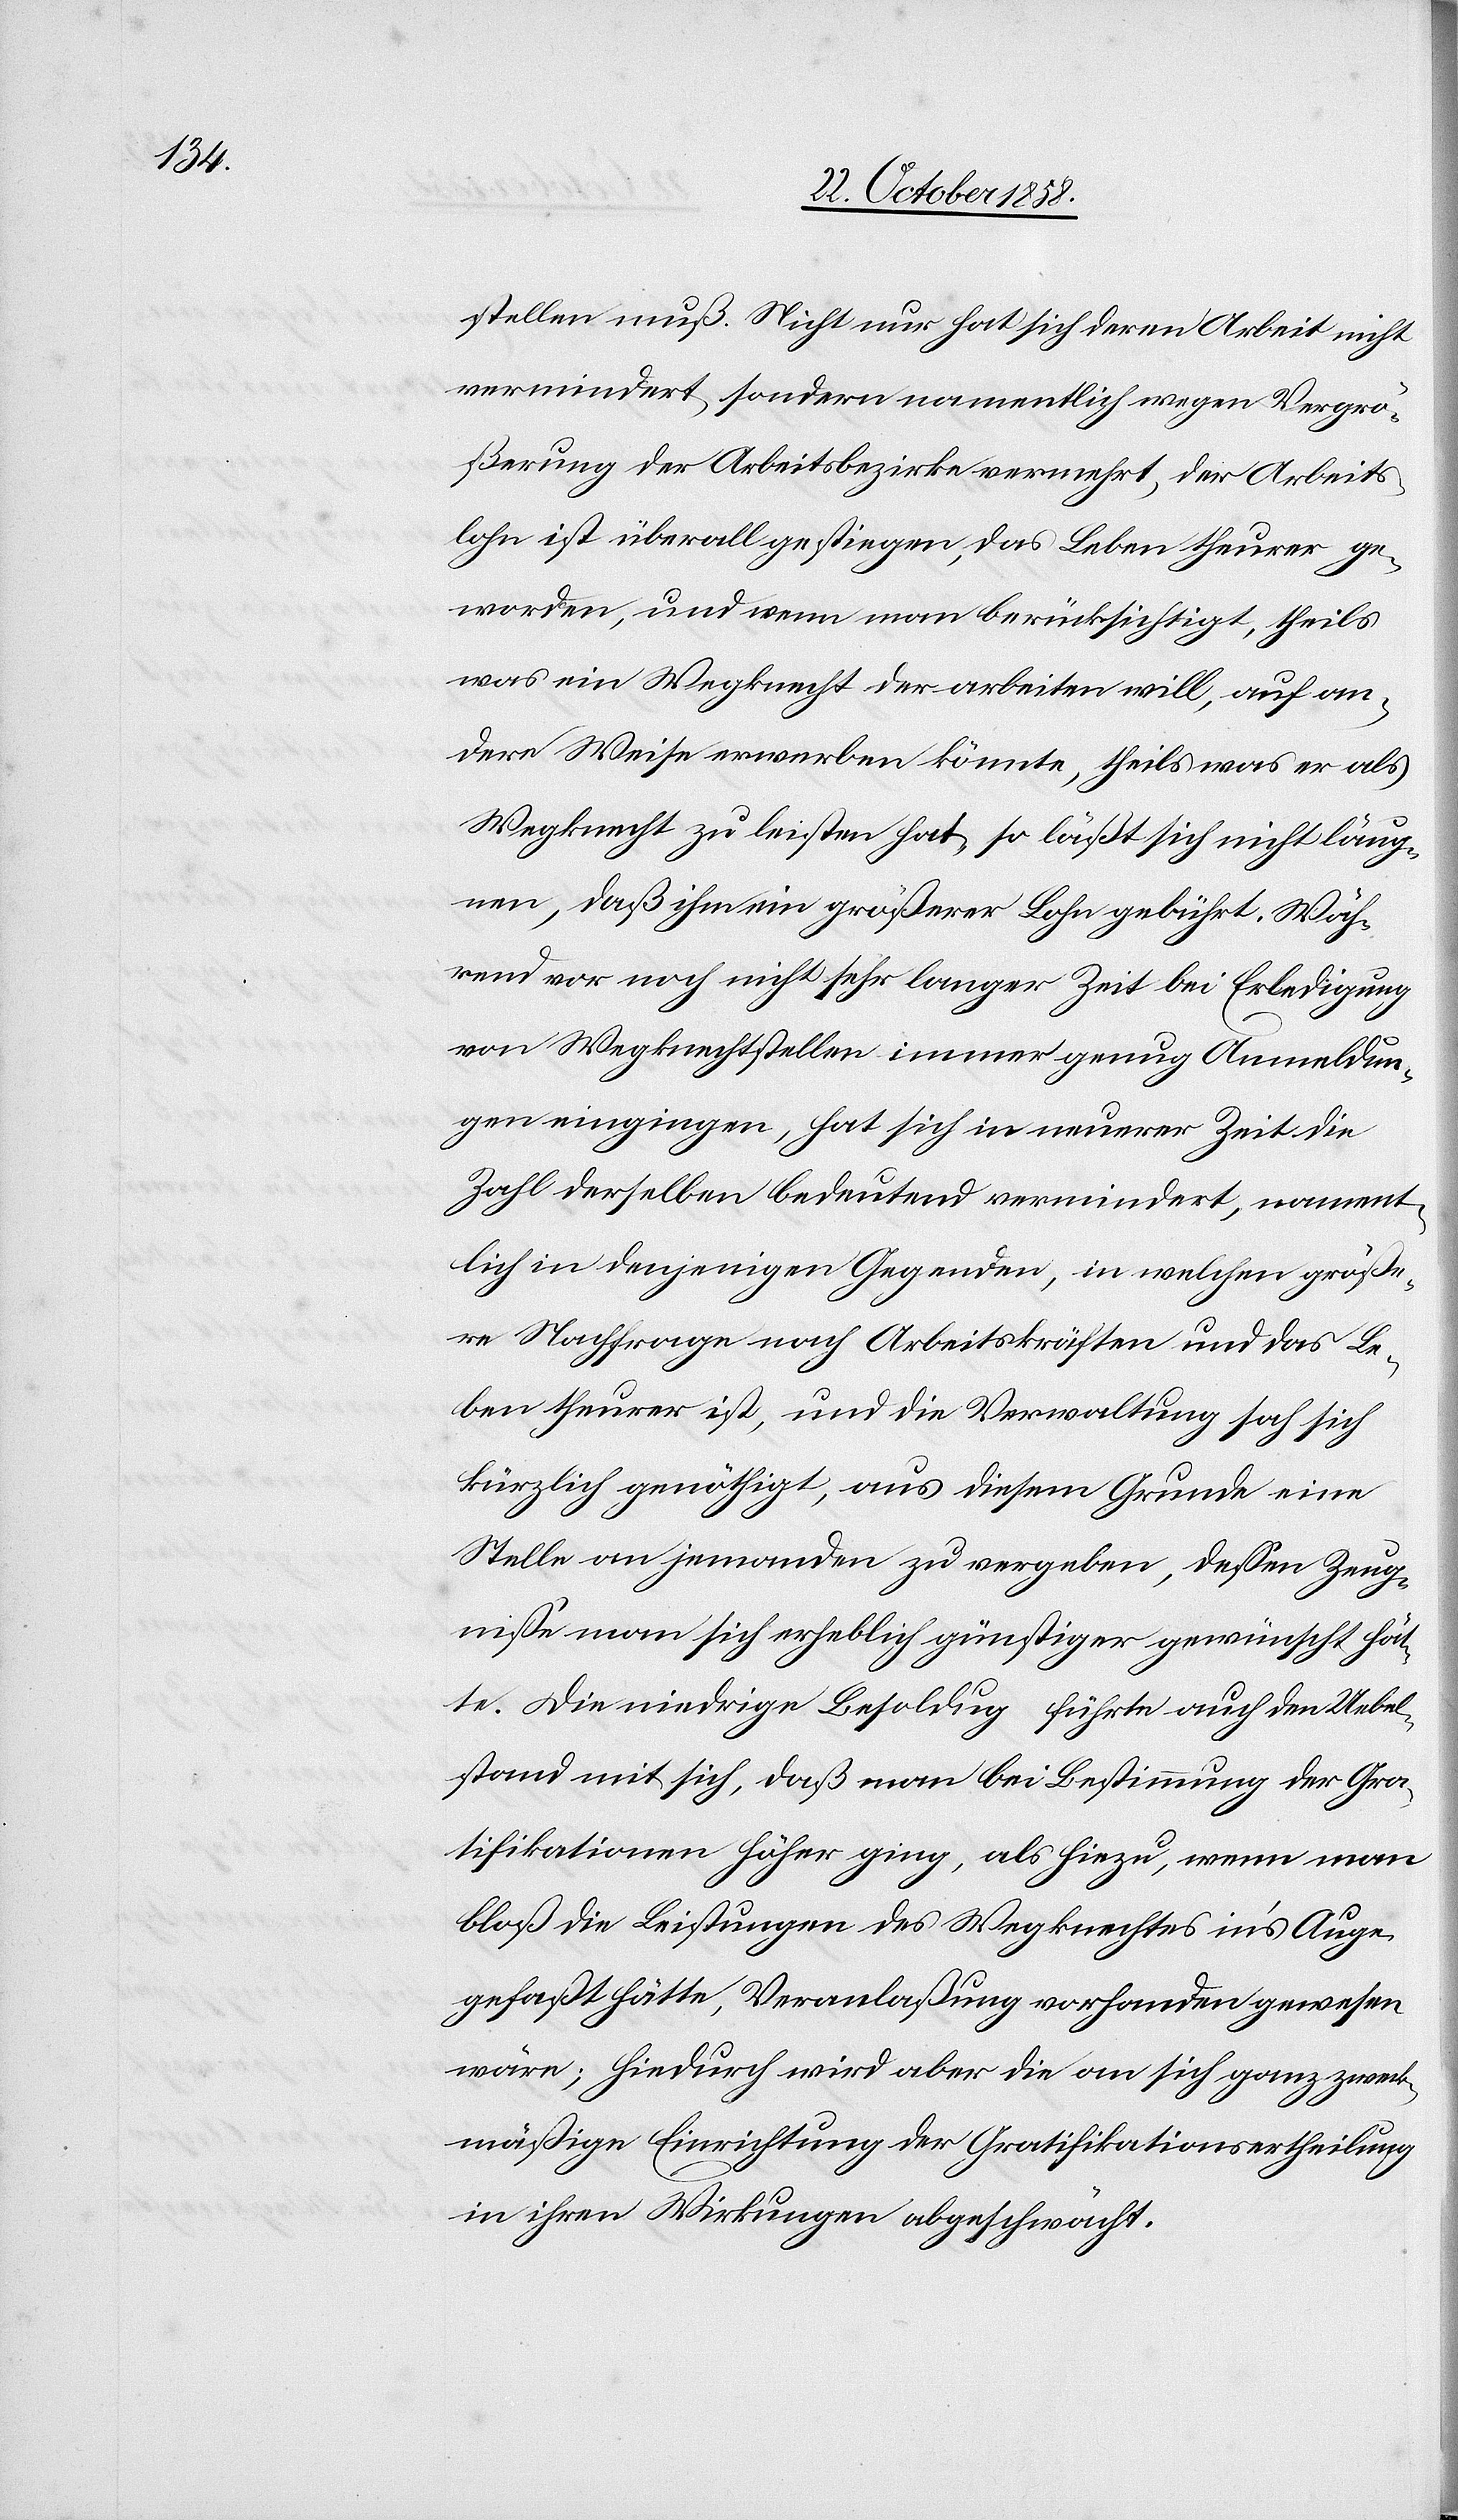
stellen muß. Nicht nur hat sich deren Arbeit nicht
vermindert, sondern namentlich wegen Vergrö¬
ßerung der Arbeitsbezirke vermehrt, der Arbeits¬
lohn ist überall gestiegen, das Leben theurer ge¬
worden, und wenn man berücksichtigt, theils
was ein Wegknecht der arbeiten will, auf an¬
dere Weise erwerben könnte, theils was er als
Wegknecht zu leisten hat, so läßt sich nicht läug¬
nen, daß ihm ein größerer Lohn gebührt. Wäh¬
rend vor noch nicht sehr langer Zeit bei Erledigung
von Wegknechtstellen immer genug Anmeldun¬
gen eingingen, hat sich in neuerer Zeit die
Zahl derselben bedeutend vermindert, nament¬
lich in denjenigen Gegenden, in welchen größe¬
re Nachfrage nach Arbeitskräften und das Le¬
ben theurer ist, und die Verwaltung sah sich
kürzlich genöthigt, aus diesem Grunde eine
Stelle an jemanden zu vergeben, dessen Zeug¬
nisse man sich erheblich günstiger gewünscht hät¬
te. Die niedrige Besoldu[n]g führte auch den Uebel¬
stand mit sich, daß man bei Bestimmung der Gra¬
tifikationen höher ging, als hiezu, wenn man
bloß die Leistungen des Wegknechtes in’s Auge
gefaßt hätte, Veranlaßung vorhanden gewesen
wäre; hiedurch wird aber die an sich ganz zweck¬
mäßige Einrichtung der Gratifikationsertheilung
in ihren Wirkungen abgeschwächt.